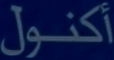
أكنول